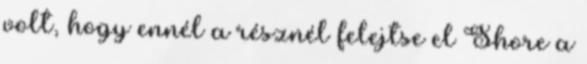
volt, hogy ennél a résznél felejtse el Shore a